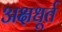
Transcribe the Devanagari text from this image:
अक्षधूर्त